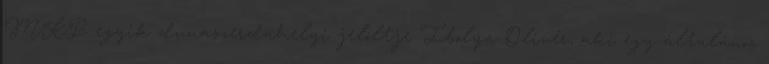
MKP egyik dunaszerdahelyi jelöltje Ibolya Olivér, aki egy általános